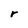
Character: r